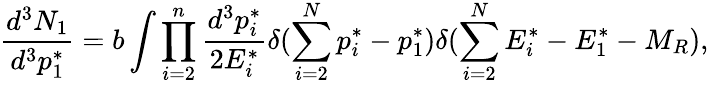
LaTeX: \frac{d^{3}N_{1}}{d^{3}p_{1}^{*}}=b\int\prod_{i=2}^{n}\frac{d^{3}p_{i}^{*}}{2E_{i}^{*}}\delta(\sum_{i=2}^{N}p_{i}^{*}-p_{1}^{*})\delta(\sum_{i=2}^{N}E_{i}^{*}-E_{1}^{*}-M_{R}),